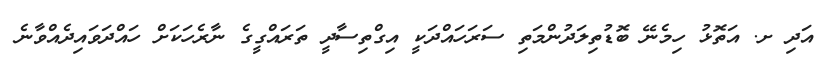
އަދި ށ. އަތޮޅު ހިމެނޭ ބޮޑުތިލަދުންމަތި ސަރަހައްދަކީ އިގްތިސާދީ ތަރައްގީގެ ނާރެހަކަށް ހައްދަވައިދެއްވާނެ